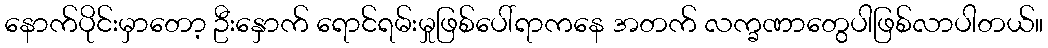
နောက်ပိုင်းမှာတော့ ဦးနှောက် ရောင်ရမ်းမှုဖြစ်ပေါ်ရာကနေ အတက် လက္ခဏာတွေပါဖြစ်လာပါတယ်။